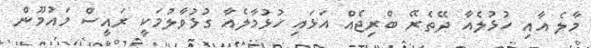
މާލެ އާއި ހުޅުލެއާ ދޭތެރޭ ބްރިޖެއް އަޅައި ހުޅުމާލެއާ ގުޅުވާލުމަކީ ރައީސް މައުމޫން